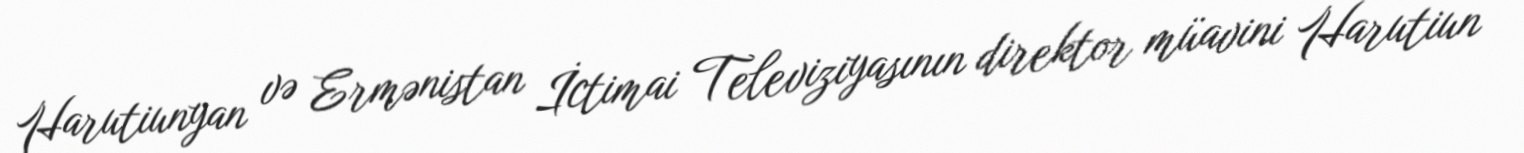
Harutiunyan və Ermənistan İctimai Televiziyasının direktor müavini Harutiun